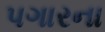
પગારના